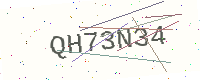
Text: QH73N34